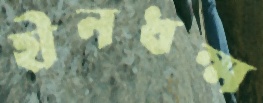
হীনধম্ম